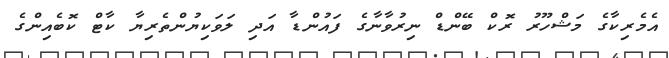
އެމެރިކާގެ މަޝްހޫރު ރޮކް ބޭންޑް ނިރުވާނާގެ ފައުންޑާ އަދި ލަވަކިޔުންތެރިޔާ ކާޓް ކޮބެއިންގެ